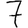
Digit: 7